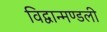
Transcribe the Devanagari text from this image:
विद्वान्मण्डली